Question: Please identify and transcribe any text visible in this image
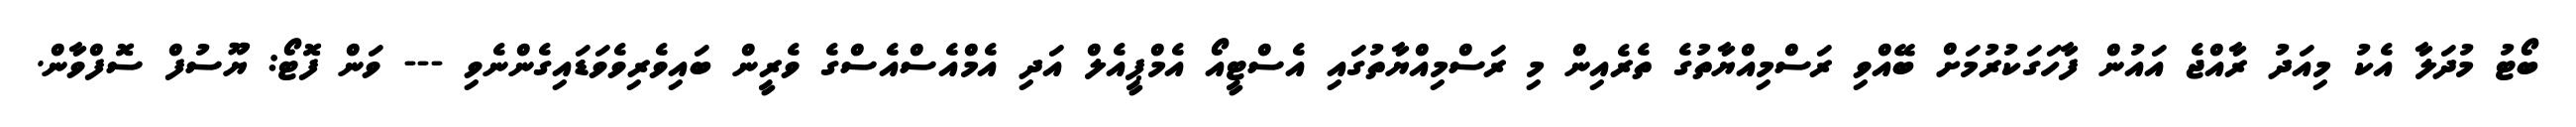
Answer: ބޯޓު މުދަލާ އެކު މިއަދު ރާއްޖެ އައުން ފާހަގަކުރުމަށް ބޭއްވި ރަސްމިއްޔާތުގެ ތެރެއިން މި ރަސްމިއްޔާތުގައި އެސްޓީއޯ އެމްޕީއެލް އަދި އެމްއެސްއެސްގެ ވެރީން ބައިވެރިވެވަޑައިގެންނެވި --- ވަން ފޮޓޯ: ޔޫސުފް ސޮފްވާން.